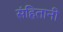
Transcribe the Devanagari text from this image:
संहितानी